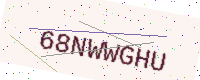
Text: 68NWWGHU